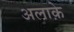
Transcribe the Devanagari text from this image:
अलाक़े